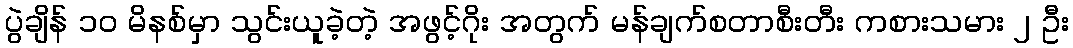
ပွဲချိန် ၁၀ မိနစ်မှာ သွင်းယူခဲ့တဲ့ အဖွင့်ဂိုး အတွက် မန်ချက်စတာစီးတီး ကစားသမား ၂ ဦး